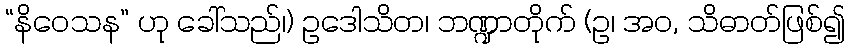
“နိဝေသန” ဟု ခေါ်သည်၊) ဥဒေါသိတ၊ ဘဏ္ဍာတိုက် (ဥ၊ အဝ, သိဓာတ်ဖြစ်၍